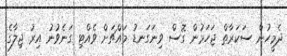
ދެމީހުން ސަކަރާތް ޖަހަމުން ގޮސް ވިނަގަނޑު މައްޗަށް ވެއްޓި ގަނެވުނު އިރު ޖިލާގެ